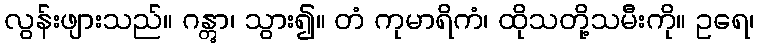
လွန်းဖျားသည်။ ဂန္တွာ၊ သွား၍။ တံ ကုမာရိကံ၊ ထိုသတို့သမီးကို။ ဥရေ၊